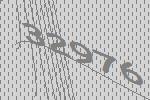
32976